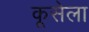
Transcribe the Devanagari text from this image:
कूसेला